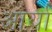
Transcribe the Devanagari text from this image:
अार्या